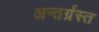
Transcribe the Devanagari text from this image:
अन्‍तर्ग्रस्‍त